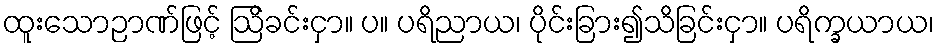
ထူးသောဉာဏ်ဖြင့် ဩိခင်းငှာ။ ပ။ ပရိညာယ၊ ပိုင်းခြား၍သိခြင်းငှာ။ ပရိက္ခယာယ၊